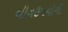
બીનઉપયોગી